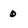
Character: O